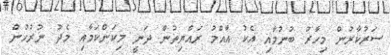
ސަރުކާރުން މިހާރު ބުނުމާއި އެކު އާއްމު ރައްޔިތުން ދަނީ މިކަންކަމާއި މެދު ނުރުހުން